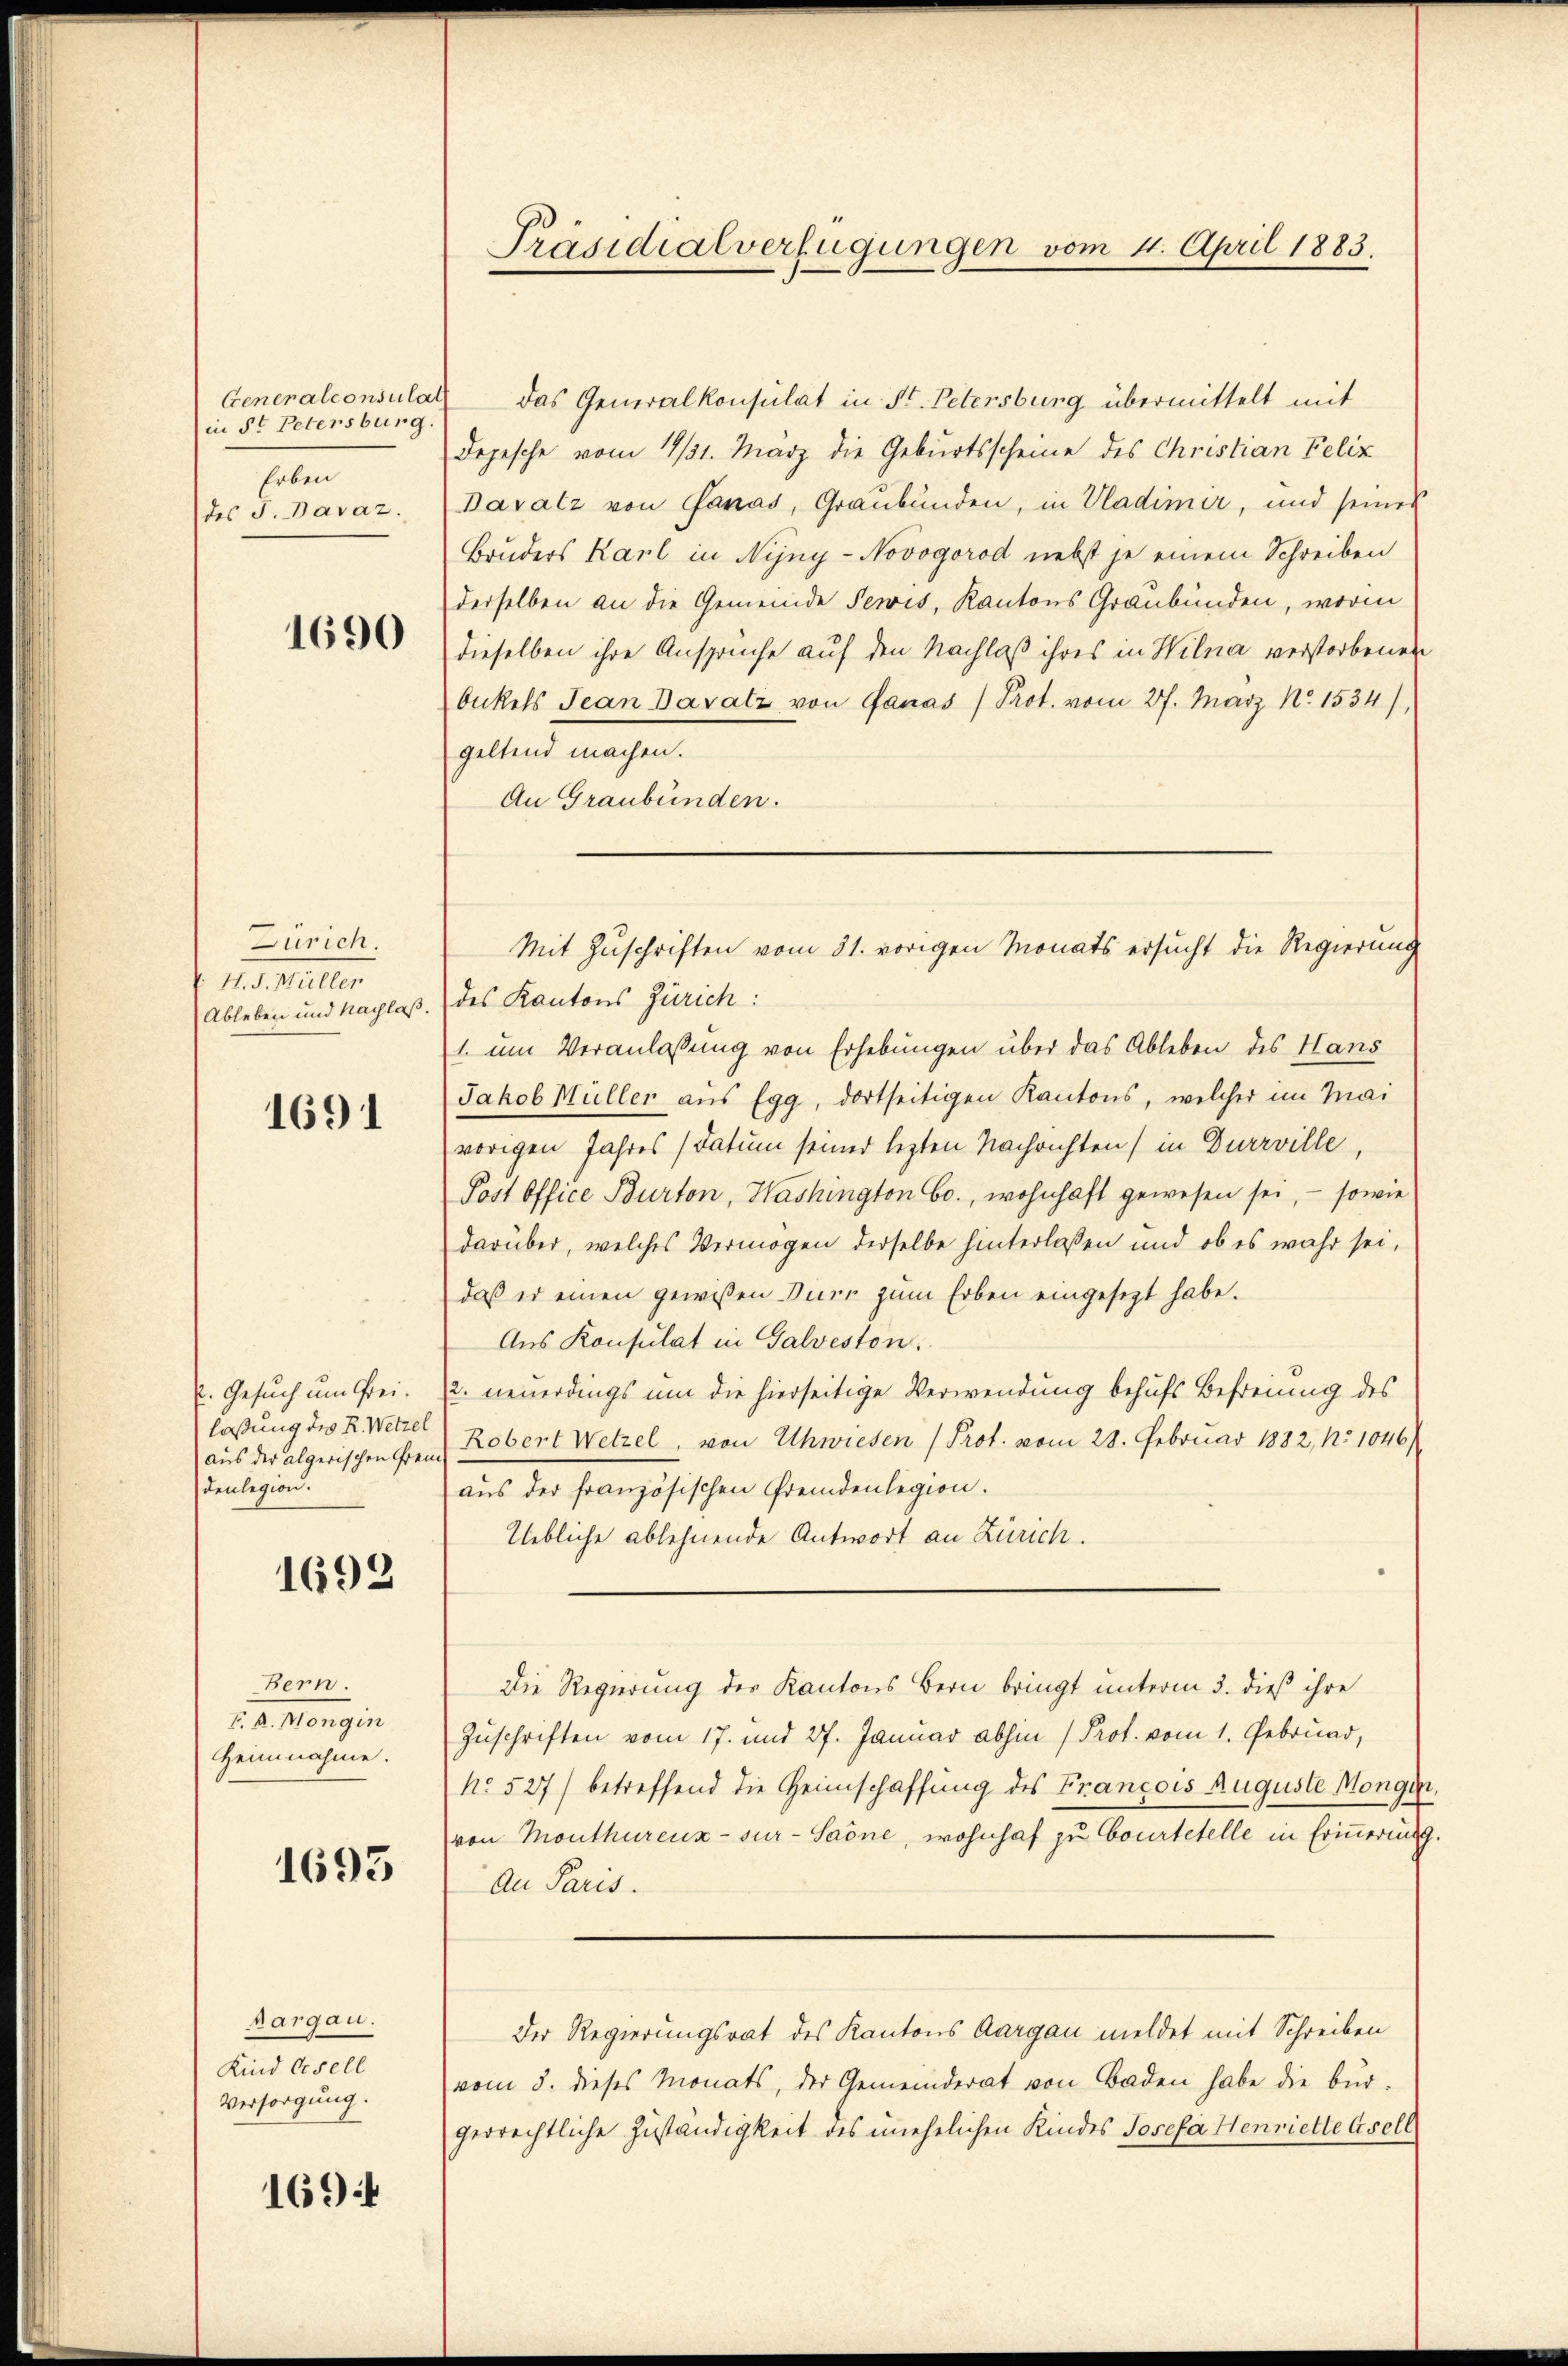
Generalconsulat
in St Petersburg
Erben
des J. Bavaz.

1690

Zürich
H. J. Müller
Ableben und Nachlaß.

1691

p. Gesuch um Freilaßung des R. Wetzel
aus der algerischen Freu
denlegion.

1699

Bern.
canonigin
Heimnahme.

1693

Aargau.
Kind Gesell
Versorgung.

1694

Präsidialverfügungen vom 4. April 1883.

das Generalkonsulat in St. Petersburg übermittelt mit
Depesche vom 14/31. März die Geburtsscheine des Christian Felix
Davatz von Janas, Graubünden, in Uladimir, und seines
Bruders Karl in Nyny-Novogorod nebst je einem Schreiben
derselben an die Gemeinde Pewis, Kantons Graubünden, worin
dieselben ihre Ansprüche auf den Nachlaß ihres in Wilna verstorbenen
bickels Jean Davatz von Ganas /Prot. vom 27. März No 1534),
geltend machen.
An Graubünden.
des Kantons Zürich:
1. um Veranlassung von Erhebungen über das Ableben des Hans
Jakob Müller aus Egg, dortseitigen Kantons, welcher im Mai
vorigen Jahres (Datum seiner lezten Nachrichten) in Durrville,
Post Office Burton, Washington bo., wohnhaft gewesen sei, - sowie
darüber, welches Vermögen derselbe hinterlassen und ob es wahr sei,
daß er einen gewissen Dürr zum Erben eingesetzt habe.
Aus Konsulat in Galvesten.
2. neuerdings um die hierseitige Verwendung behufs Befreiung des
Robert Wetzel, von Uhwiesen (Prot. vom 28. Februar 1882, No 1046/
aus der französischen Fremdenlegion.
Uebliche ablehnende Antwort an Zürich.
Die Regierung des Kantons Bern bringt unterm 3. dieß ihre
Zuschriften vom 17. und 27. Januar abhin (Prot. vom 1. Gebruar,
No. 527) betreffend die Heimschaffung des Francois Auguste Mongen,
von Monthurenz- sur- Saöne, wohnhaf zu Courtetelle in Erinnerung.
An Paris.
Der Regierungsrat des Kantons Aargau meldet mit Schreiben
vom 5. dieses Monats, der Gemeinderat von Baden habe die bürgerrechtliche Zuständigkeit des unehelichen Kindes Josefa Henriette Asell

Mit Zuschriften vom 31. vorigen Monats ersucht die Regierung